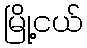
မြို့ငယ်